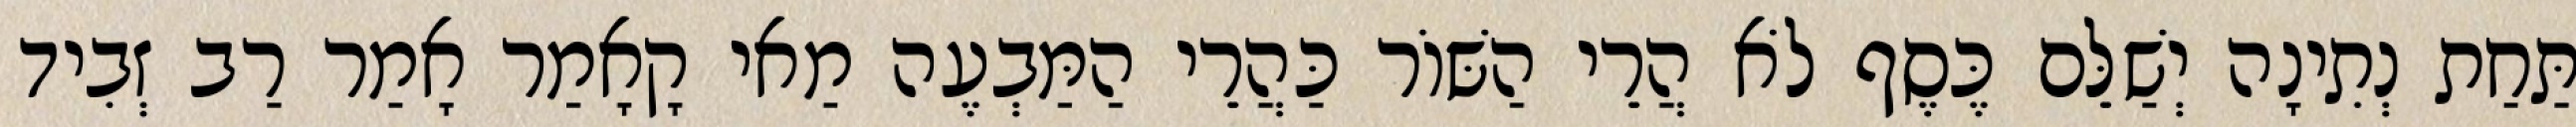
תַּחַת נְתִינָה יְשַׁלֵּם כֶּסֶף לֹא הֲרֵי הַשּׁוֹר כַּהֲרֵי הַמַּבְעֶה מַאי קָאָמַר אָמַר רַב זְבִיד